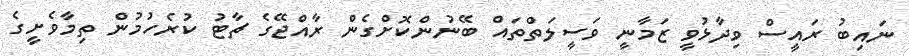
ނައިބު ރައީސް ވިދާޅުވީ ޒަމާނީ ވަސީލަތްތައް ބޭނުންކޮށްގެން ރާއްޖޭގެ ޗާޓު ކުރެހުމުން ތިމާވެށީގެ